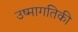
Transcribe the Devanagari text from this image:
उष्‍मागतिकी